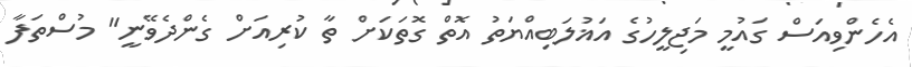
އެހެންވިއަސް ގައުމީ މަޖިލީހުގެ އަޣުލަބިއްޔަތު އޮތް ގޮތަކަށް ތާ ކުރިއަށް ގެންދެވޭނީ" މުސްތަފާ